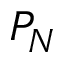
P _ { N }